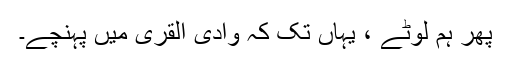
پھر ہم لوٹے ، یہاں تک کہ وادی القریٰ میں پہنچے۔